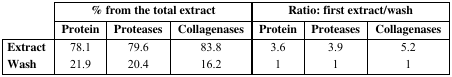
| <ROWSPAN=3>  | <COLSPAN=3> % from the total extract | <COLSPAN=3> Ratio: first extract/wash |
 | Protein | Proteases | Collagenases | Protein | Proteases | Collagenases |
 | --- | --- | --- | --- | --- | --- | --- |
 | Extract | 78.1 | 79.6 | 83.8 | 3.6 | 3.9 | 5.2 |
 | Wash | 21.9 | 20.4 | 16.2 | 1 | 1 | 1 |